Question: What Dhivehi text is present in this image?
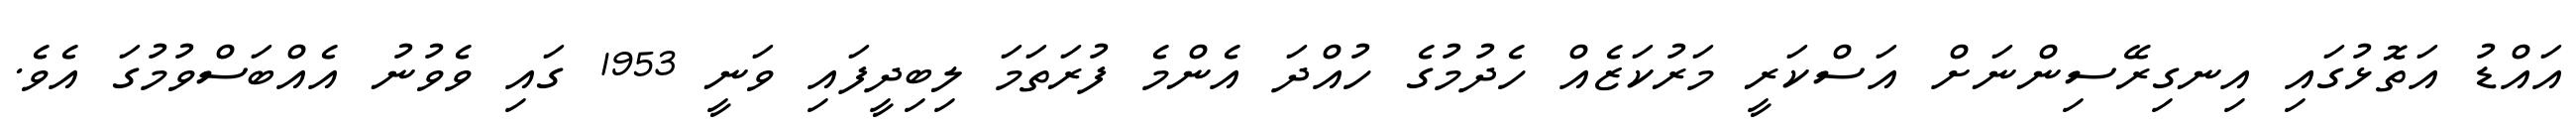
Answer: އައްޑު އަތޮޅުގައި އިނގިރޭސިންނަށް އަސްކަރީ މަރުކަޒެއް ހެދުމުގެ ހުއްދަ އެންމެ ފުރަތަމަ ލިބިދީފައި ވަނީ 1953 ގައި ވެވުނު އެއްބަސްވުމުގަ އެވެ.